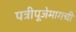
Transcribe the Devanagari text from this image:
पत्रीपूजेमागची